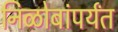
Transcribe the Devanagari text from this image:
निळोबांपर्यंत